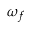
\omega _ { f }